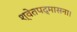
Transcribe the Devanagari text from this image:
श्वेतपद्मासना।